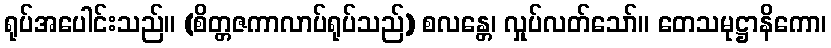
ရုပ်အပေါင်းသည်။ (စိတ္တဇကာလာပ်ရုပ်သည်) စလန္တေ၊ လှုပ်လတ်သော်။ တေသမုဋ္ဌာနိကော၊